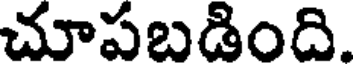
చూపబడింది.